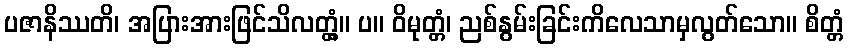
ပဇာနိဿတိ၊ အပြားအားဖြင်သိလတ္တံ့။ ပ။ ဝိမုတ္တံ၊ ညစ်နွမ်းခြင်းကိလေသာမှလွတ်သော။ စိတ္တံ